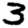
Digit: 3